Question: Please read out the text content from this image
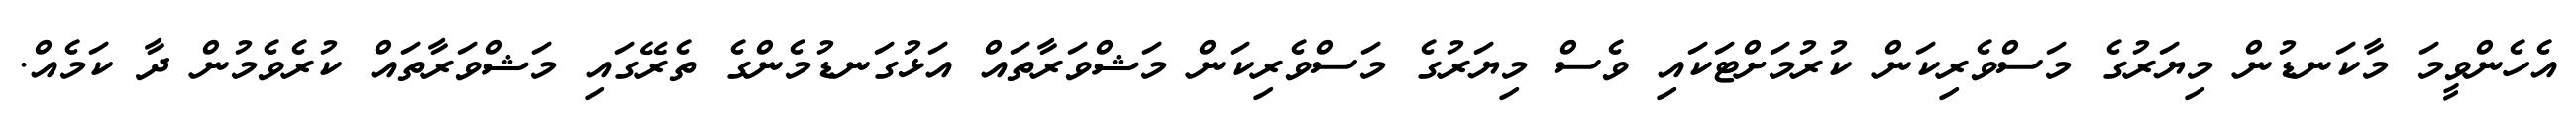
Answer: އެހެންވީމަ މާކަނޑުން މިޔަރުގެ މަސްވެރިކަން ކުރުމަށްޓަކައި ވެސް މިޔަރުގެ މަސްވެރިކަން މަޝްވަރާތައް އަޅުގަނޑުމެންގެ ތެރޭގައި މަޝްވަރާތައް ކުރެވެމުން ދާ ކަމެއް.